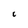
Character: C